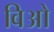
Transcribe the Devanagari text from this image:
विओ